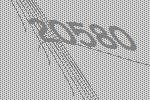
20580